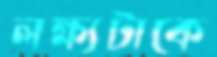
লক্ষ্যটাকে